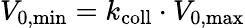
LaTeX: V_{\mathrm{0,min}}=k_{\mathrm{coll}}\cdot V_{\mathrm{0,max}}